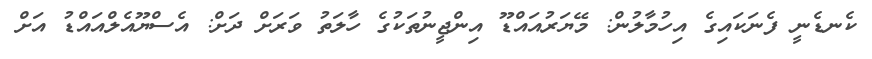
ކެނޑެނީ ފެނަކައިގެ އިހުމާލުން: މޭޔަރުއައްޑޫ އިންޖީނުތަކުގެ ހާލަތު ވަރަށް ދަށް: އެސްޔޫއެލްއައްޑު އަށް